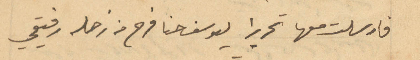
فارسلت معها تحريرا ليوسف حنا فرح من زحله رفيقي